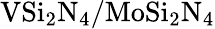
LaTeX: \mathrm{VSi_{2}N_{4}/MoSi_{2}N_{4}}